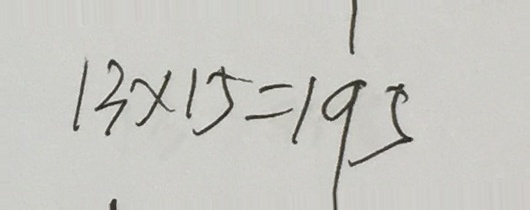
1 3 \times 1 5 = 1 9 5